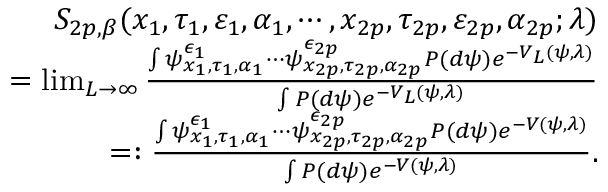
\begin{array} { r l r } & { } & { S _ { 2 p , \beta } ( x _ { 1 } , \tau _ { 1 } , \varepsilon _ { 1 } , \alpha _ { 1 } , \cdots , x _ { 2 p } , \tau _ { 2 p } , \varepsilon _ { 2 p } , \alpha _ { 2 p } ; \lambda ) } \\ & { } & { \quad \quad \quad \quad \quad \quad \quad \quad \quad = \operatorname* { l i m } _ { L \rightarrow \infty } \frac { \int \psi _ { x _ { 1 } , \tau _ { 1 } , \alpha _ { 1 } } ^ { \epsilon _ { 1 } } \cdots \psi _ { x _ { 2 p } , \tau _ { 2 p } , \alpha _ { 2 p } } ^ { \epsilon _ { 2 p } } P ( d \psi ) e ^ { - { \cal V } _ { L } ( \psi , \lambda ) } } { \int P ( d \psi ) e ^ { - { \cal V } _ { L } ( \psi , \lambda ) } } } \\ & { } & { \quad \quad \quad \quad \quad \quad \quad \quad \quad = : \frac { \int \psi _ { x _ { 1 } , \tau _ { 1 } , \alpha _ { 1 } } ^ { \epsilon _ { 1 } } \cdots \psi _ { x _ { 2 p } , \tau _ { 2 p } , \alpha _ { 2 p } } ^ { \epsilon _ { 2 p } } P ( d \psi ) e ^ { - { \cal V } ( \psi , \lambda ) } } { \int P ( d \psi ) e ^ { - { \cal V } ( \psi , \lambda ) } } . } \end{array}